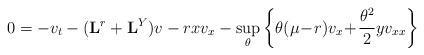
LaTeX: \begin{align*} 0&=-v_t - (\mathbf{L}^r +\mathbf{L}^Y)v - r x v_x -\sup_{\theta} \left\{\theta (\mu\!-\!r )v_x \!+\! \frac{\theta^2}{2}y v_{xx} \right\} \end{align*}